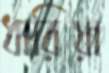
ধারিয়া